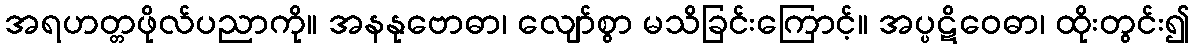
အရဟတ္တဖိုလ်ပညာကို။ အနနုဗောဓာ၊ လျော်စွာ မသိခြင်းကြောင့်။ အပ္ပဋိဝေဓာ၊ ထိုးတွင်း၍